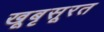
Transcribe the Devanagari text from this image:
खूबृसूरत